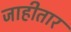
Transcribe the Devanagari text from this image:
जाहीतार